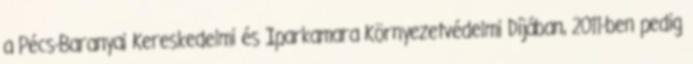
a Pécs-Baranyai Kereskedelmi és Iparkamara Környezetvédelmi Díjában, 2011-ben pedig